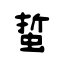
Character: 蜇